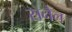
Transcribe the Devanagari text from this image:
सनैल